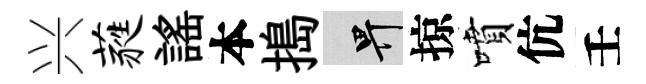
兴蕤謡本搗畀掠噴伉壬